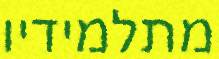
מתלמידיו